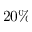
2 0 \%